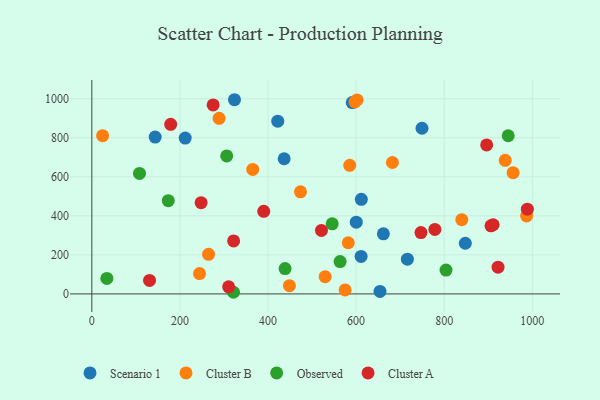
{"axis": {"x": "Distance", "y": "Fuel Efficiency"}, "legend": ["Cluster A", "Cluster B", "Observed", "Scenario 1"], "data": [{"x": "143.8", "y": 803.5, "type": "Scenario 1"}, {"x": "591.2", "y": 980.6, "type": "Scenario 1"}, {"x": "212.0", "y": 798.5, "type": "Scenario 1"}, {"x": "847.9", "y": 259.5, "type": "Scenario 1"}, {"x": "436.6", "y": 692.5, "type": "Scenario 1"}, {"x": "323.9", "y": 995.0, "type": "Scenario 1"}, {"x": "600.3", "y": 367.7, "type": "Scenario 1"}, {"x": "611.8", "y": 484.5, "type": "Scenario 1"}, {"x": "611.3", "y": 192.3, "type": "Scenario 1"}, {"x": "654.2", "y": 12.9, "type": "Scenario 1"}, {"x": "716.4", "y": 177.8, "type": "Scenario 1"}, {"x": "422.1", "y": 885.3, "type": "Scenario 1"}, {"x": "661.9", "y": 308.0, "type": "Scenario 1"}, {"x": "749.6", "y": 848.9, "type": "Scenario 1"}, {"x": "288.9", "y": 899.5, "type": "Cluster B"}, {"x": "575.0", "y": 20.6, "type": "Cluster B"}, {"x": "938.5", "y": 684.4, "type": "Cluster B"}, {"x": "448.6", "y": 42.2, "type": "Cluster B"}, {"x": "473.7", "y": 523.2, "type": "Cluster B"}, {"x": "839.9", "y": 380.3, "type": "Cluster B"}, {"x": "529.7", "y": 88.3, "type": "Cluster B"}, {"x": "582.2", "y": 262.1, "type": "Cluster B"}, {"x": "956.4", "y": 621.0, "type": "Cluster B"}, {"x": "682.4", "y": 673.3, "type": "Cluster B"}, {"x": "597.4", "y": 983.5, "type": "Cluster B"}, {"x": "365.3", "y": 638.1, "type": "Cluster B"}, {"x": "265.0", "y": 203.0, "type": "Cluster B"}, {"x": "24.5", "y": 810.7, "type": "Cluster B"}, {"x": "602.2", "y": 994.0, "type": "Cluster B"}, {"x": "987.1", "y": 399.2, "type": "Cluster B"}, {"x": "244.5", "y": 104.0, "type": "Cluster B"}, {"x": "585.5", "y": 659.1, "type": "Cluster B"}, {"x": "321.7", "y": 8.4, "type": "Observed"}, {"x": "545.7", "y": 359.0, "type": "Observed"}, {"x": "306.2", "y": 706.8, "type": "Observed"}, {"x": "34.1", "y": 79.2, "type": "Observed"}, {"x": "438.7", "y": 129.8, "type": "Observed"}, {"x": "945.3", "y": 810.5, "type": "Observed"}, {"x": "563.6", "y": 165.9, "type": "Observed"}, {"x": "173.6", "y": 478.0, "type": "Observed"}, {"x": "108.2", "y": 617.5, "type": "Observed"}, {"x": "804.1", "y": 122.0, "type": "Observed"}, {"x": "275.4", "y": 968.1, "type": "Cluster A"}, {"x": "390.3", "y": 423.1, "type": "Cluster A"}, {"x": "922.2", "y": 137.1, "type": "Cluster A"}, {"x": "747.2", "y": 314.2, "type": "Cluster A"}, {"x": "321.9", "y": 271.7, "type": "Cluster A"}, {"x": "911.1", "y": 354.3, "type": "Cluster A"}, {"x": "310.6", "y": 36.1, "type": "Cluster A"}, {"x": "896.4", "y": 763.4, "type": "Cluster A"}, {"x": "179.0", "y": 868.7, "type": "Cluster A"}, {"x": "521.3", "y": 325.1, "type": "Cluster A"}, {"x": "906.2", "y": 349.1, "type": "Cluster A"}, {"x": "131.0", "y": 69.2, "type": "Cluster A"}, {"x": "988.8", "y": 434.4, "type": "Cluster A"}, {"x": "778.8", "y": 330.6, "type": "Cluster A"}, {"x": "248.1", "y": 467.3, "type": "Cluster A"}]}